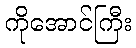
ကိုအောင်ကြီး